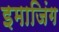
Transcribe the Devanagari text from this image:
इमाजिंग